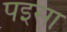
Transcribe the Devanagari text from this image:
पइसा